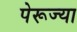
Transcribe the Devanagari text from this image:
पेरूज्या